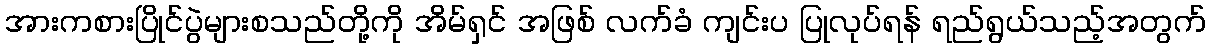
အားကစားပြိုင်ပွဲများစသည်တို့ကို အိမ်ရှင် အဖြစ် လက်ခံ ကျင်းပ ပြုလုပ်ရန် ရည်ရွယ်သည့်အတွက်